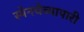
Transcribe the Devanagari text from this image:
स्पेनचेव्यापारी